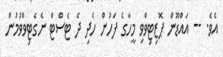
އެވެ. -- އައްޑޫން ޕޮޒިޓިވްވި މީހާގެ ފަހުން ހެދި ދެ ޓެސްޓް ނެގެޓިވްވުމުން